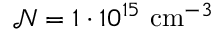
\mathcal { N } = 1 \cdot 1 0 ^ { 1 5 } \mathrm { ~ c m } ^ { - 3 }